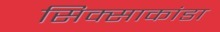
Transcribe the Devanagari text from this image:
सिक्साकांडा